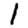
Digit: 1